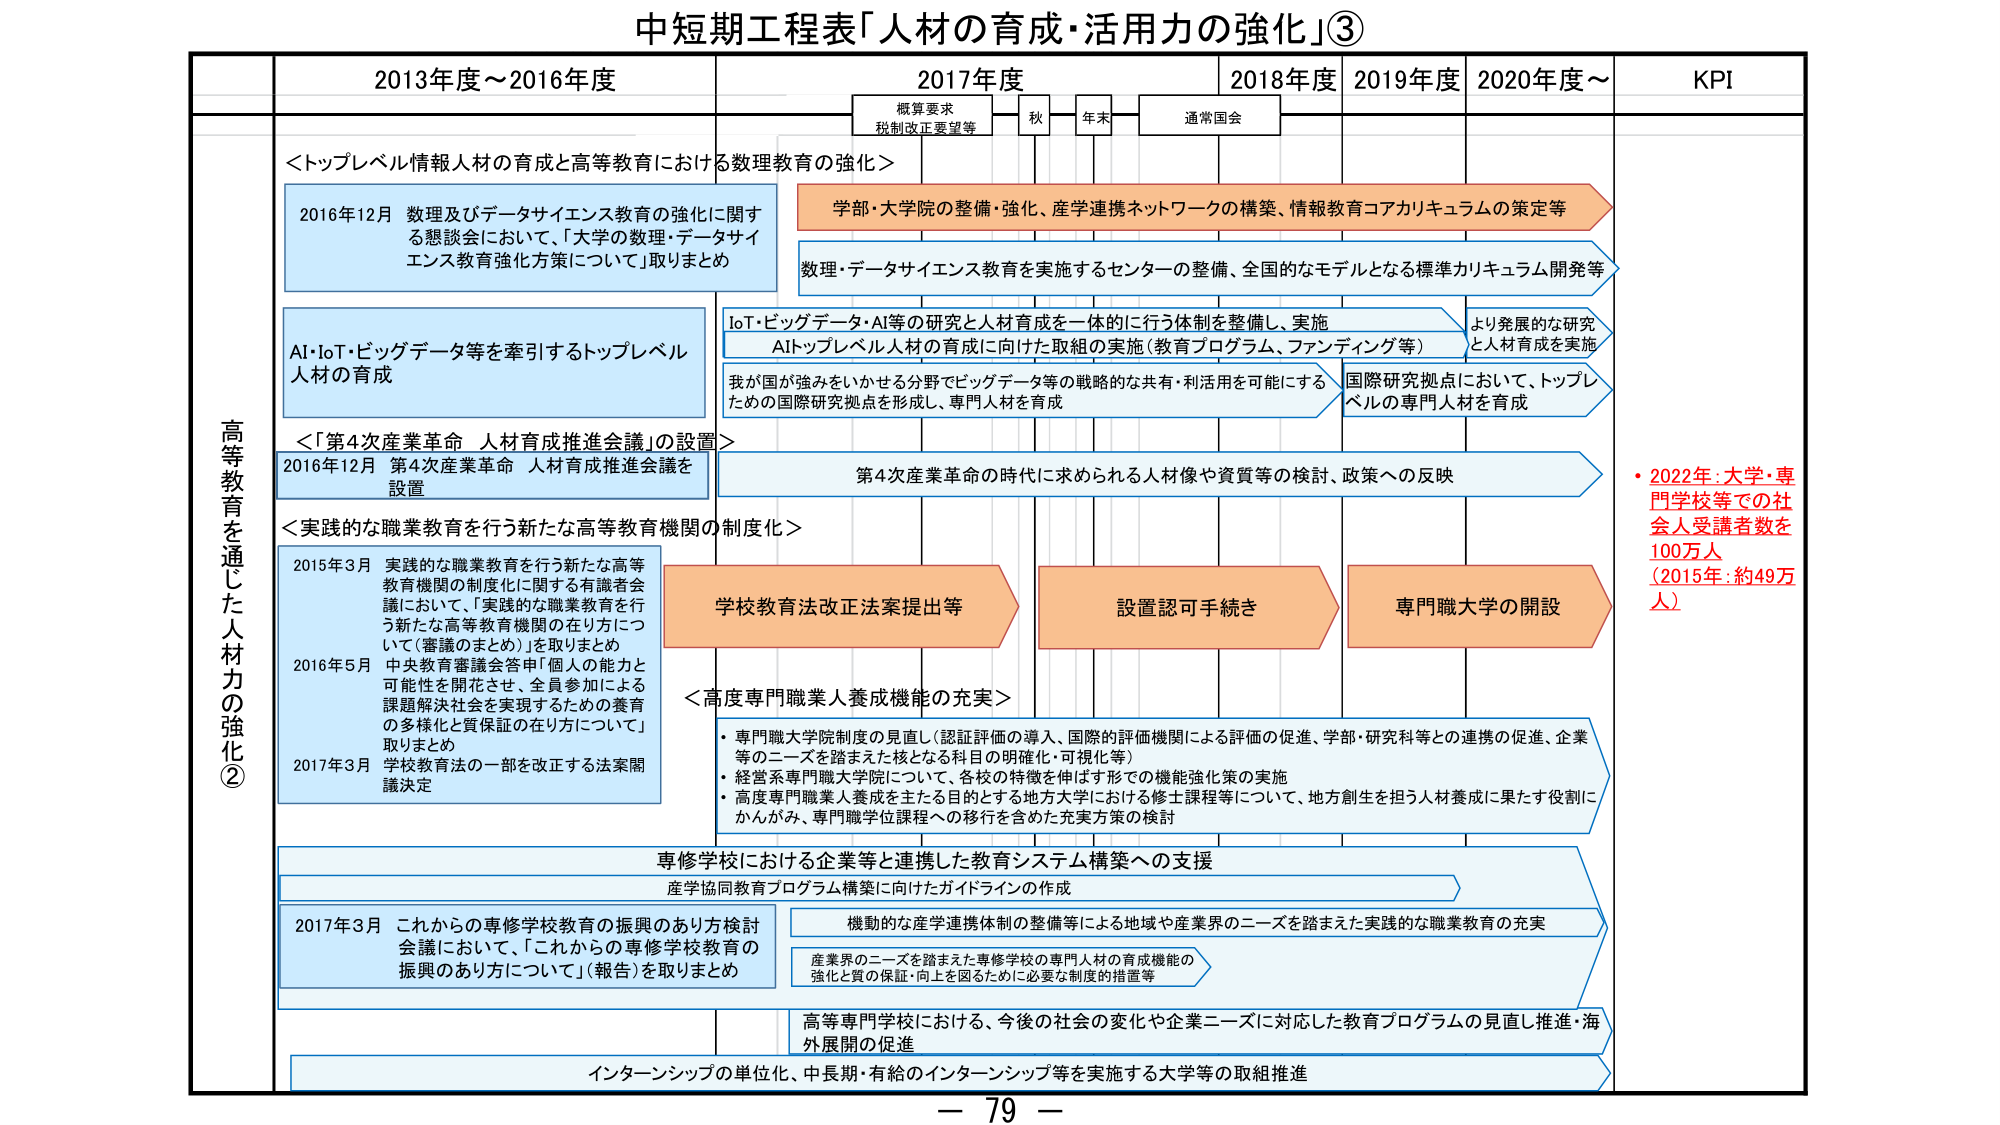
中短期工程表「人材の育成・活用力の強化」③

2013年度～2016年度
2017年度
2018年度
2019年度
2020年度～
KPI

概算要求
税制改正要望等
秋
年末
通常国会

高等育を
通じた人材力の
強化②

＜トップレベル情報人材の育成と高等教育における数理教育の強化＞
2016年12月 数理及びデータサイエンス教育の強化に関する懇談会において、「大学の数理・データサイエンス教育強化方策について」取りまとめ

学部・大学院の整備・強化、産学連携ネットワークの構築、情報教育コアカリキュラムの策定等

数理・データサイエンス教育を実施するセンターの整備、全国的なモデルとなる標準カリキュラム開発等

AI・IoT・ビッグデータ等を牽引するトップレベル人材の育成

IoT・ビッグデータ・AI等の研究と人材育成を一体的に行う体制を整備し、実施
AIトップレベル人材の育成に向けた取組の実施（教育プログラム、ファンディング等）

より発展的な研究と人材育成を実施

我が国が強みをいかせる分野でビッグデータ等の戦略的な共有・利活用を可能にするための国際研究拠点を形成し、専門人材を育成

国際研究拠点において、トップレベルの専門人材を育成

＜「第4次産業革命 人材育成推進会議」の設置＞
2016年12月 第4次産業革命 人材育成推進会議を設置

第4次産業革命の時代に求められる人材像や資質等の検討、政策への反映

＜実践的な職業教育を行う新たな高等教育機関の制度化＞
2015年3月 実践的な職業教育を行う新たな高等教育機関の制度化に関する有識者会議において、「実践的な職業教育を行う新たな高等教育機関の在り方について（審議のまとめ）」を取りまとめ
2016年5月 中央教育審議会答申「個人の能力と可能性を開花させ、全員参加による課題解決社会を実現するための養育の多様化と質保証の在り方について」取りまとめ
2017年3月 学校教育法の一部を改正する法案関議決定

学校教育法改正法案提出等

設置認可手続き

専門職大学の開設

＜高度専門職業人養成機能の充実＞
・専門職大学院制度の見直し（認証評価の導入、国際的評価機関による評価の促進、学部・研究科等との連携の促進、企業等のニーズを踏まえた核となる科目の明確化・可視化等）
・経営系専門職大学院について、各校の特徴を伸ばす形での機能強化策の実施
・高度専門職業人養成を主たる目的とする地方大学における修士課程等について、地方創生を担う人材養成に果たす役割にかんがみ、専門職学位課程への移行を含めた充実方策の検討

専修学校における企業等と連携した教育システム構築への支援
産学協同教育プログラム構築に向けたガイドラインの作成

2017年3月 これからの専修学校教育の振興のあり方検討会議において、「これからの専修学校教育の振興のあり方について」（報告）を取りまとめ

機動的な産学連携体制の整備等による地域や産業界のニーズを踏まえた実践的な職業教育の充実

産業界のニーズを踏まえた専修学校の専門人材の育成機能の強化と質の保証・向上を図るために必要な制度的措置等

高等教育機関における、今後の社会の変化や企業ニーズに対応した教育プログラムの見直し推進・海外展開の促進

インターンシップの単位化、中長期・有給のインターンシップ等を実施する大学等の取組推進

・2022年：大学・専門学校等での社会人受講者数を100万人（2015年：約49万人）

ー 79 ー